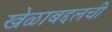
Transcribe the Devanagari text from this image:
खेळाबद्दलची